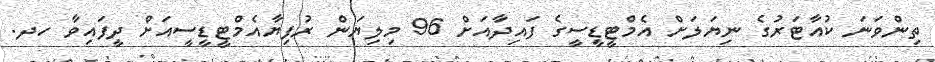
ތިންވަނަ ކުއާޓަރުގެ ނިޔަލަށް އެމްޓީޑީސީގެ ފައިދާއަށް 96 މިލިޔަން ރުފިޔާއެމްޓީޑީސީއަށް ދީފައިވާ ހދ.